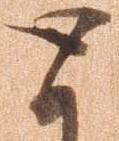
と